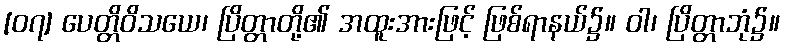
[၀၇] ပေတ္တိဝိသယေ၊ ပြိတ္တာတို့၏ အထူးအားဖြင့် ဖြစ်ရာနယ်၌။ ဝါ၊ ပြိတ္တာဘုံ၌။